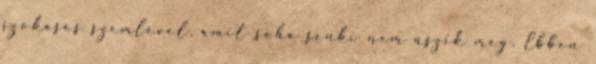
szokásos szemlével, amit soha senki nem úszik meg. Ebben